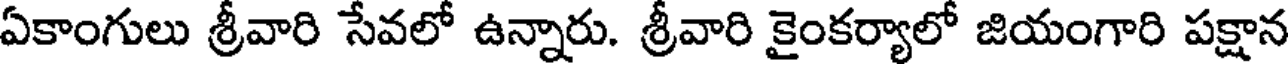
ఏకాంగులు శ్రీవారి సేవలో ఉన్నారు. శ్రీవారి కైంకర్యాలో జియంగారి పక్షాన